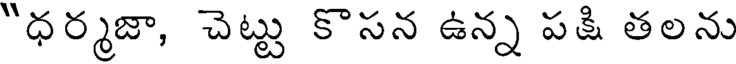
"ధర్మజా, చెట్టు కొసన ఉన్న పకి తలను